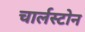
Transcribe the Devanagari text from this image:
चार्लस्टोन